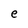
Character: e